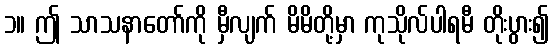
၁။ ဤ သာသနာတော်ကို မှီလျက် မိမိတို့မှာ ကုသိုလ်ပါရမီ တိုးပွား၍